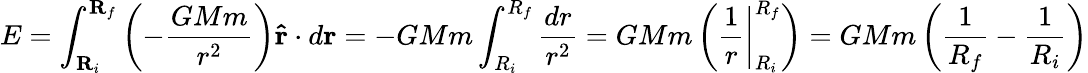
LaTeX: E=\int_{\mathbf{R}_{i}}^{\mathbf{R}_{f}}\left(-\frac{GMm}{r^{2}}\right)\mathbf{\hat{r}}\cdot d\mathbf{r}=-GMm\int_{R_{i}}^{R_{f}}\frac{dr}{r^{2}}=GMm\left(\left.\frac{1}{r}\right|_{R_{i}}^{R_{f}}\right)=GMm\left(\frac{1}{R_{f}}-\frac{1}{R_{i}}\right)